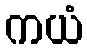
ကယံ